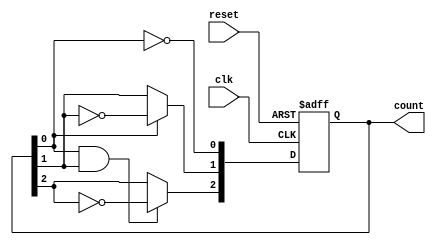
module async_counter (
    input wire clk,          // Clock input
    input wire reset,        // Asynchronous reset
    output reg [N-1:0] count // N-bit count output
);
    parameter N = 3; // Number of bits (for a 3-bit counter)

    // T flip-flop behavior
    always @(posedge clk or posedge reset) begin
        if (reset) begin
            count <= 0; // Reset count to 0
        end else begin
            count[0] <= ~count[0]; // Toggle the least significant bit
            // Ripple effect for the other bits
            count[1] <= count[0] ? ~count[1] : count[1];
            count[2] <= (count[0] & count[1]) ? ~count[2] : count[2];
            // Add more bits as needed
        end
    end
endmodule